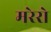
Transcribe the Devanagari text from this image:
मरेरो